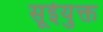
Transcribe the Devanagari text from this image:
सूईयुक्त